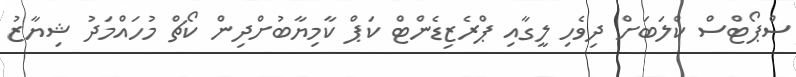
ސްޕޯޓްސް ކްލަބަށް ދިވެހި ލީގާއި ޕްރެޒިޑެންޓް ކަޕް ކާމިޔާބުށްދިން ކޯޗް މުހައްމަދު ޝިޔާޒު